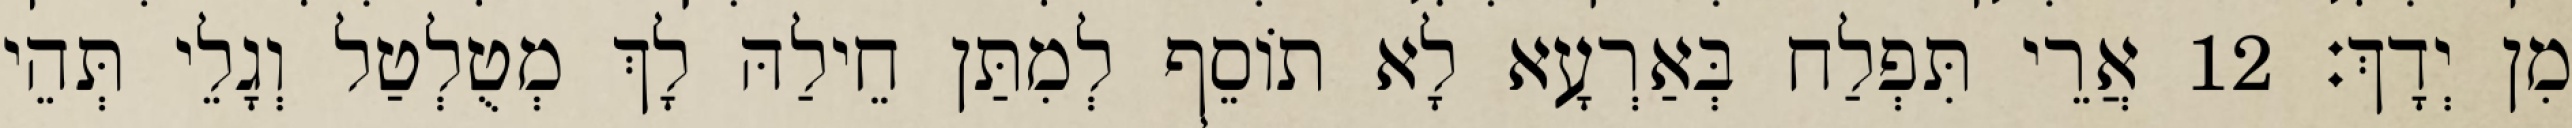
מִן יְדָךְ׃ 12 אֲרֵי תִּפְלַח בְּאַרְעָא לָא תוֹסֵף לְמִתַּן חֵילַהּ לָךְ מְטֻלְטַל וְגָלֵי תְּהֵי